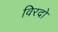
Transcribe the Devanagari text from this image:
विरदो